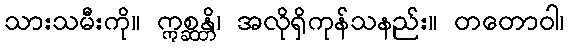
သားသမီးကို။ ဣစ္ဆန္တိ၊ အလိုရှိကုန်သနည်း။ တတောဝါ၊